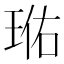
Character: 𭹐